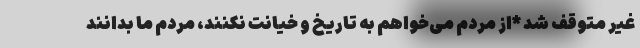
غیر متوقف شد *از مردم می‌خواهم به تاریخ و خیانت نکنند، مردم ما بدانند